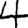
Digit: 4